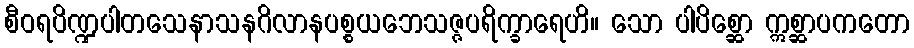
စီဝရပိဏ္ဍပါတသေနာသနဂိလာနပစ္စယဘေသဇ္ဇပရိက္ခာရေဟိ။ သော ပါပိစ္ဆော ဣစ္ဆာပကတော